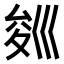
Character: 𭘁